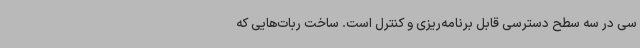
سی در سه سطح دسترسی قابل برنامه‌ریزی و کنترل است. ساخت ربات‌هایی که